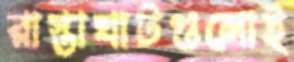
রাস্তাঘাটগুলোই